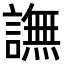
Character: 譕